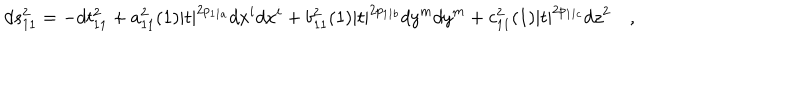
LaTeX: d s _ { 1 1 } ^ { 2 } = - d t _ { 1 1 } ^ { 2 } + a _ { 1 1 } ^ { 2 } ( 1 ) | t | ^ { 2 p _ { 1 1 a } } d x ^ { i } d x ^ { i } + b _ { 1 1 } ^ { 2 } ( 1 ) | t | ^ { 2 p _ { 1 1 b } } d y ^ { m } d y ^ { m } + c _ { 1 1 } ^ { 2 } ( 1 ) | t | ^ { 2 p _ { 1 1 c } } d z ^ { 2 } \quad ,